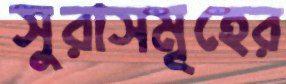
সুরাসমূহের